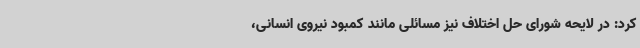
کرد: در لایحه شورای حل اختلاف نیز مسائلی مانند کمبود نیروی انسانی،